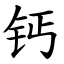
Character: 钙